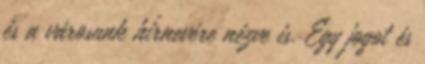
és a városunk hírnevére nézve is. Egy jogot és